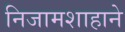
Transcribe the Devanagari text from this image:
निजामशाहाने